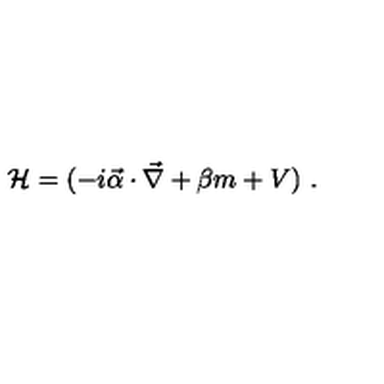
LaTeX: { \cal H } = ( - i \vec { \alpha } \cdot \vec { \nabla } + \beta m + V ) \ .